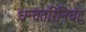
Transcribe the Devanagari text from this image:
धन्वतरिनिघंटु